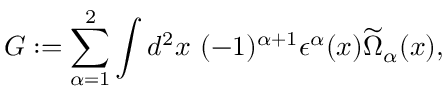
G : = \sum _ { \alpha = 1 } ^ { 2 } \int d ^ { 2 } x ~ ( - 1 ) ^ { \alpha + 1 } \epsilon ^ { \alpha } ( x ) \widetilde \Omega _ { \alpha } ( x ) ,